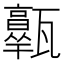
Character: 𤮩